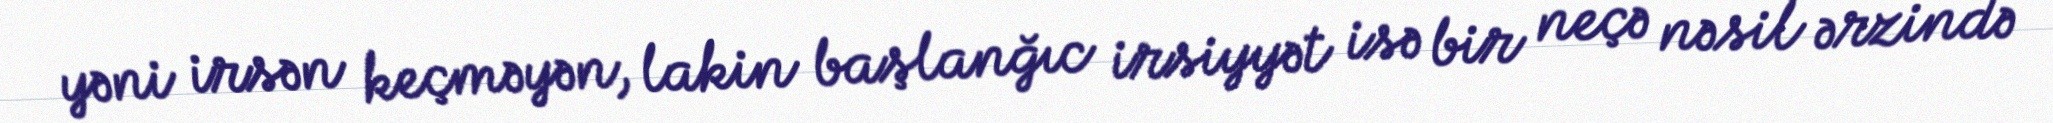
yəni irsən keçməyən, lakin başlanğıc irsiyyət isə bir neçə nəsil ərzində